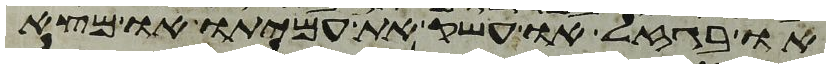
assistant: או בגזל או עשק את עמיתו או מצא